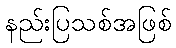
နည်းပြသစ်အဖြစ်